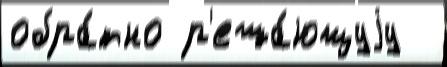
обра́тно р'еша́ющуjу